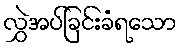
လွှဲအပ်ခြင်းခံရသော